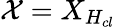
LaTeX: \mathcal{X}={X}_{H_{cl}}